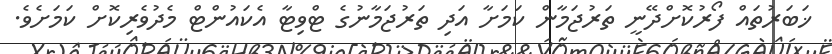
ޚަބަރުތައް ފޯރުކޮށްދޭނީ ތަރުޖަމާން ކަމަށާ އަދި ތަރުޖަމާނުގެ ޓްވިޓާ އެކައުންޓް މެދުވެރިކޮށް ކަމަށެވެ.